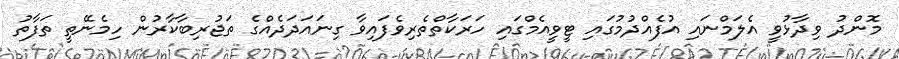
މޮންދު ވިދާޅުވީ އެލަމްނައި އުފެއްދުމުގައި ޓީވީއެމްގައި ހަރަކާތްތެރިވެފައިވާ ގިނައަދަދެއްގެ ތަޖުރިބާކާރުން ހިމެނޭތީ ތަފާތު